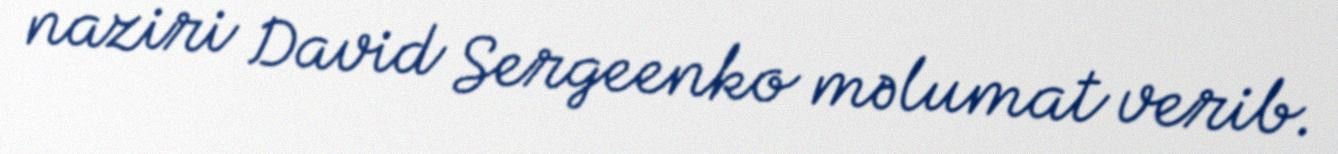
naziri David Sergeenko məlumat verib.